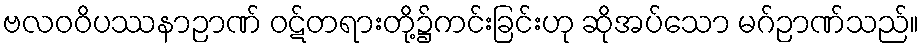
ဗလဝဝိပဿနာဉာဏ် ဝဋ်တရားတို့၌ကင်းခြင်းဟု ဆိုအပ်သော မဂ်ဉာဏ်သည်။